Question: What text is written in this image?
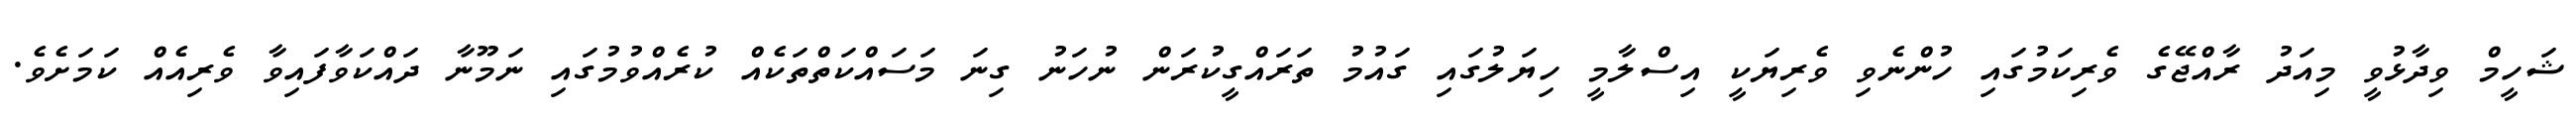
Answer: ޝަހީމް ވިދާޅުވީ މިއަދު ރާއްޖޭގެ ވެރިކަމުގައި ހުންނެވި ވެރިޔަކީ އިސްލާމީ ހިޔަލުގައި ގައުމު ތަރައްގީކުރަން ނުހަނު ގިނަ މަސައްކަތްތަކެއް ކުރެއްވުމުގައި ނަމޫނާ ދައްކަވާފައިވާ ވެރިއެއް ކަމަށެވެ.